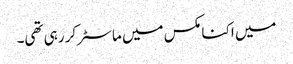
میں اکنامکس میں ماسٹر کر رہی تھی۔